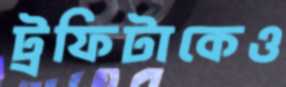
ট্রফিটাকেও